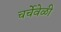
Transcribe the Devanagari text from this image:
चर्चेवेळी